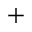
^ { + }